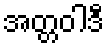
အတ္တဝါဒီ